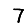
Digit: 7